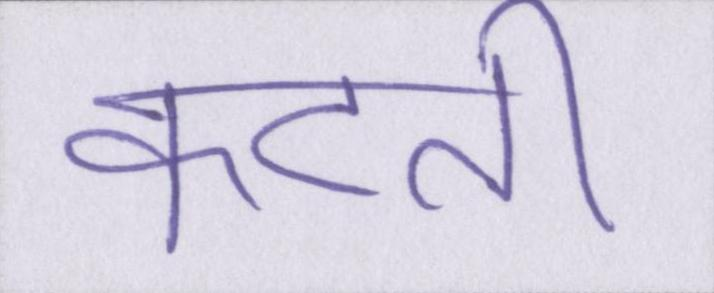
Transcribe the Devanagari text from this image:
कटती